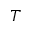
T